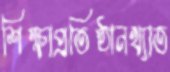
শিক্ষাপ্রতিষ্ঠানখ্যাত